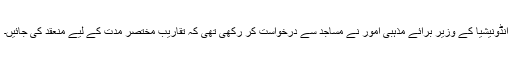
انڈونيشيا کے وزير برائے مذہبی امور نے مساجد سے درخواست کر رکھی تھی کہ تقاريب مختصر مدت کے ليے منعقد کی جائيں۔